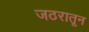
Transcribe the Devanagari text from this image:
जठरातून